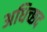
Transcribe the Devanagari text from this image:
अधिच्छद